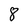
Character: 8